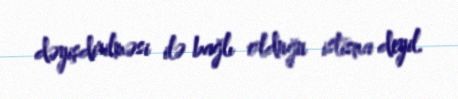
dəyişdirilməsi ilə bağlı olduğu istisna deyil.